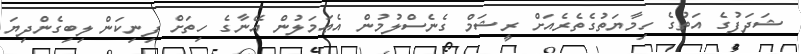
ޝަދަފުގެ އަތުގެ ހިމާޔަތުގެތެރެއަށް ރީޝަމް ގެނެސްލުމުން އެޢަމަލުން އޭނާގެ ހިތަށް ފިނިކަން ލިބިގެންދިޔަ